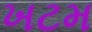
ખટમ